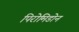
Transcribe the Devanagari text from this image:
पिरोमिडोन